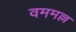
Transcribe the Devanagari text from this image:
वममल्ल